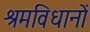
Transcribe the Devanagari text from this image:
श्रमविधानों